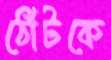
ঠোঁটকে